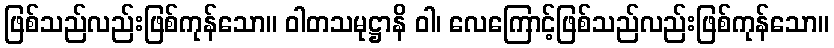
ဖြစ်သည်လည်းဖြစ်ကုန်သော။ ဝါတသမုဋ္ဌာနိ ဝါ၊ လေကြောင့်ဖြစ်သည်လည်းဖြစ်ကုန်သော။